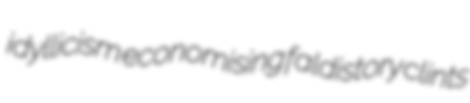
idyllicism economising faldistory clints